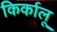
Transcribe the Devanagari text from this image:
किर्कालू